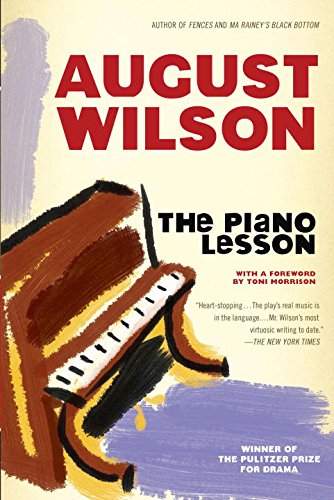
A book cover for The Piano Lesson; August Wilson; Literature & Fiction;